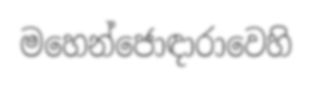
මහෙන්ජොඳාරාවෙහි